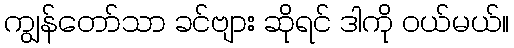
ကျွန်တော်သာ ခင်ဗျား ဆိုရင် ဒါကို ဝယ်မယ်။